Civil Veterinary Dept. North-West Frontier Province 1901-22 - 1901-1922
Year: 1901
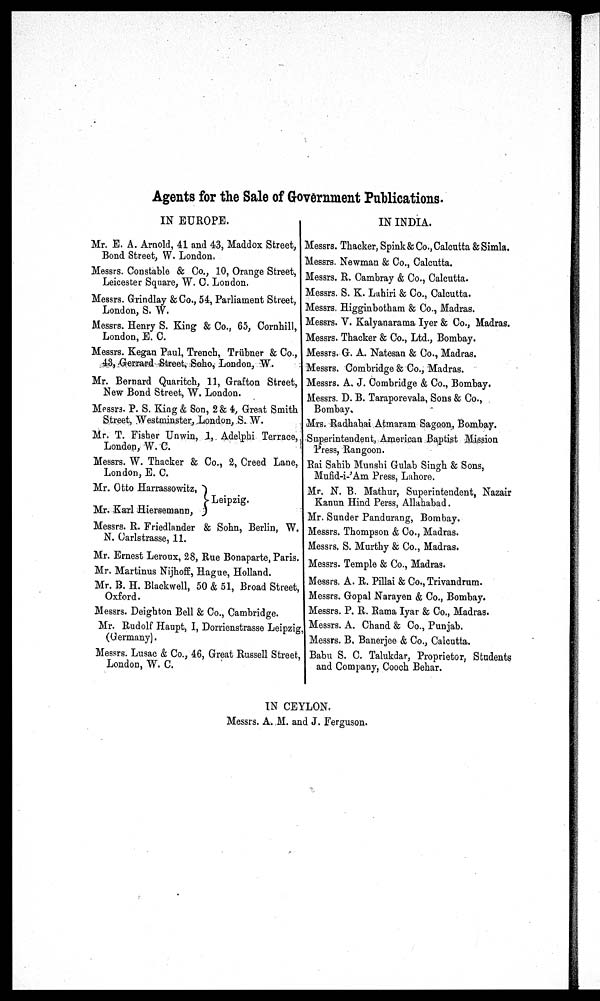
Agents for the Sale of Government Publications.
IN EUROPE.
IN INDIA.
Mr. E. A. Arnold, 41 and 43, Maddox Street,
Bond Street, W. London.
Messrs. Constable & Co., 10, Orange Street,
Leicester Square, W. C. London.
Messrs. Grindlay & Co., 54, Parliament Street,
London, S. W.
Messrs. Henry S. King & Co., 65, Cornhill,
London, E. C.
Messrs. Kegan Paul, Trench, Trübner & Co.,
43, Gerrard Street, Soho, London, W.
Mr. Bernard Quaritch, 11, Grafton Street,
New Bond Street, W. London.
Messrs. P. S. King & Son, 2 & 4, Great Smith
Street, Westminster, London, S. W.
Mr. T. Fisher Unwin, 1, Adelphi Terrace,
London, W. C.
Messrs. W. Thacker & Co., 2, Creed Lane,
London, E. C.
Mr. Otto Harrassowitz,
Mr. Karl Hiersemann,
}Leipzig.
Messrs. R. Friedlander & Sohn, Berlin, W.
N. Carlstrasse, 11.
Mr. Ernest Leroux, 28, Rue Bonaparte, Paris.
Mr. Martinus Nijhoff, Hague, Holland.
Mr. B. H. Blackwell, 50 & 51, Broad Street,
Oxford.
Messrs. Deighton Bell & Co., Cambridge.
Mr. Rudolf Haupt, I, Dorrienstrasse Leipzig,
(Germany).
Messrs. Lusac & Co., 46, Great Russell Street,
London, W. C.
Messrs. Thacker, Spink & Co., Calcutta & Simla.
Messrs. Newman & Co., Calcutta.
Messrs. R. Cambray & Co., Calcutta.
Messrs. S. K. Lahiri & Co., Calcutta.
Messrs. Higginbotham & Co., Madras.
Messrs. V. Kalyanarama Iyer & Co., Madras.
Messrs. Thacker & Co., Ltd., Bombay.
Messrs. G. A. Natesan & Co., Madras.
Messrs. Combridge & Co., Madras.
Messrs. A. J. Combridge & Co., Bombay.
Messrs. D. B. Taraporevala, Sons & Co.,
Bombay.
Mrs. Radhabai Atmaram Sagoon, Bombay.
Superintendent, American Baptist Mission
Press, Rangoon.
Rai Sahib Munshi Gulab Singh & Sons,
Mufid-i-'Am Press, Lahore.
Mr. N. B. Mathur, Superintendent, Nazair
Kanun Hind Perss, Allahabad.
Mr. Sunder Pandurang, Bombay.
Messrs. Thompson & Co., Madras.
Messrs. S. Murthy & Co., Madras.
Messrs. Temple & Co., Madras.
Messrs. A. R. Pillai & Co., Trivandrum.
Messrs. Gopal Narayen & Co., Bombay.
Messrs. P. R. Rama Iyar & Co., Madras.
Messrs. A. Chand & Co., Punjab.
Messrs. B. Banerjee & Co., Calcutta.
Babu S. C. Talukdar, Proprietor, Students
and Company, Cooch Behar.
IN CEYLON.
Messrs. A. M. and J. Ferguson.